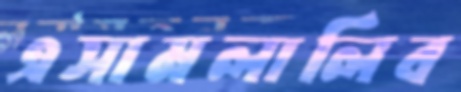
এসামলালিব